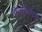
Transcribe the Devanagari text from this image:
विलीकॉक्स